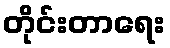
တိုင်းတာရေး